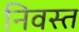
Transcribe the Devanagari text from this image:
निवस्त